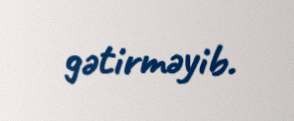
gətirməyib.